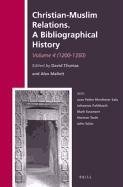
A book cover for Christian-Muslim Relations, A Bibliographical History: 1200-1350 (History of Christian-Muslim Relations); Christian Books & Bibles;